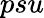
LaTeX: psu